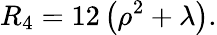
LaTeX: R_{4}=12\left(\rho^{2}+\lambda\right).